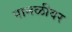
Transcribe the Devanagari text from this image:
पानळीवर